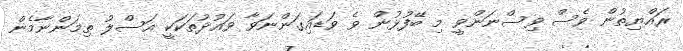
ރައްޔިތުން ވެސް ވިސްނަންވީ މި ބޭފުޅުން ވެ ވަޑައިގަންނަވާ ވައުދުތަކަކީ އަސްލު ތިމަންނާމެން